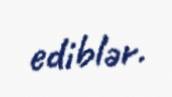
ediblər.